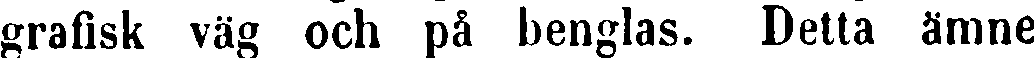
grafisk väg och på benglas. Detta ämne